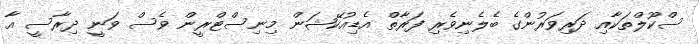
ސްކޫލްތަކާއި ދަރިވަރުންގެ ބެލެނިވެރި ފަރާތް އެޑިއުކޭޝަން މިނިސްޓްރީން ވެސް ވަނީ ދިރާސީ އާ